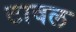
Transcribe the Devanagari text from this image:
टावल